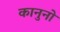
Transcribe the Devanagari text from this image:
कानुनो